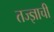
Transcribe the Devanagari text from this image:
तज्ज्ञाची